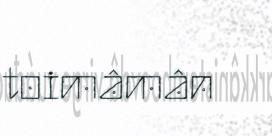
toimâmân